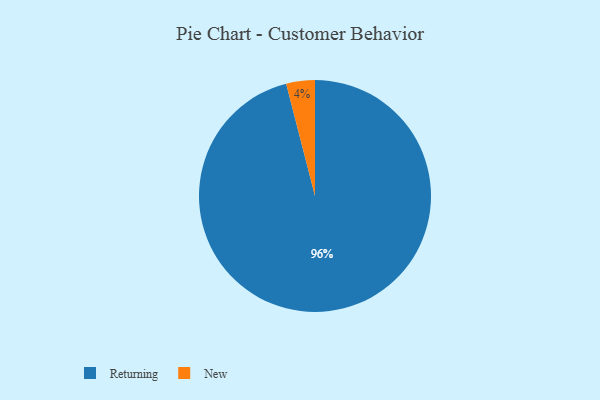
{"axis": {"x": "Category", "y": "Percentage"}, "legend": ["New", "Returning"], "data": [{"x": "New", "y": 4, "type": "New"}, {"x": "Returning", "y": 96, "type": "Returning"}]}